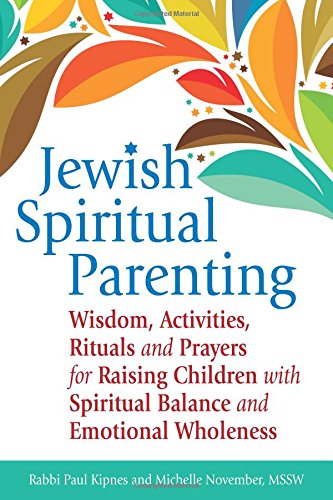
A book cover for Jewish Spiritual Parenting: Wisdom, Activities, Rituals and Prayers for Raising Children with Spiritual Balance and Emotional Wholeness; Rabbi Paul J. Kipnes; Religion & Spirituality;